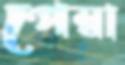
পেম্বা